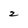
Character: 2